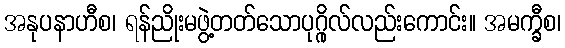
အနုပနာဟီစ၊ ရန်ညိုးမဖွဲ့တတ်သောပုဂ္ဂိုလ်လည်းကောင်း။ အမက္ခီစ၊